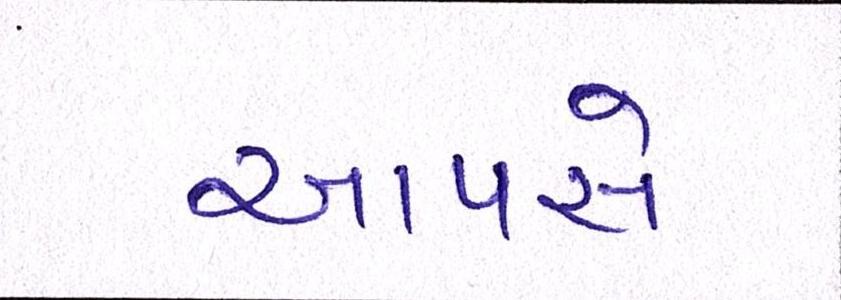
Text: આપસે